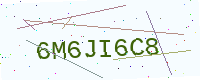
Text: 6M6JI6C8